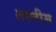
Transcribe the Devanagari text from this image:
तस्नीम